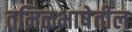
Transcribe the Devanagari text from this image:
तमिळभाषेतील